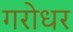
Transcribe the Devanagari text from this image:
गरोधर